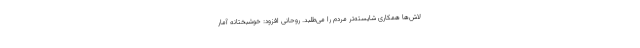
لاش‌ها همکاری شایسته‌تر مردم را می‌طلبد. روحانی افزود: خوشبختانه آمار